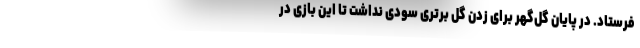
فرستاد. در پایان گل‌گهر برای زدن گل برتری سودی نداشت تا این بازی در